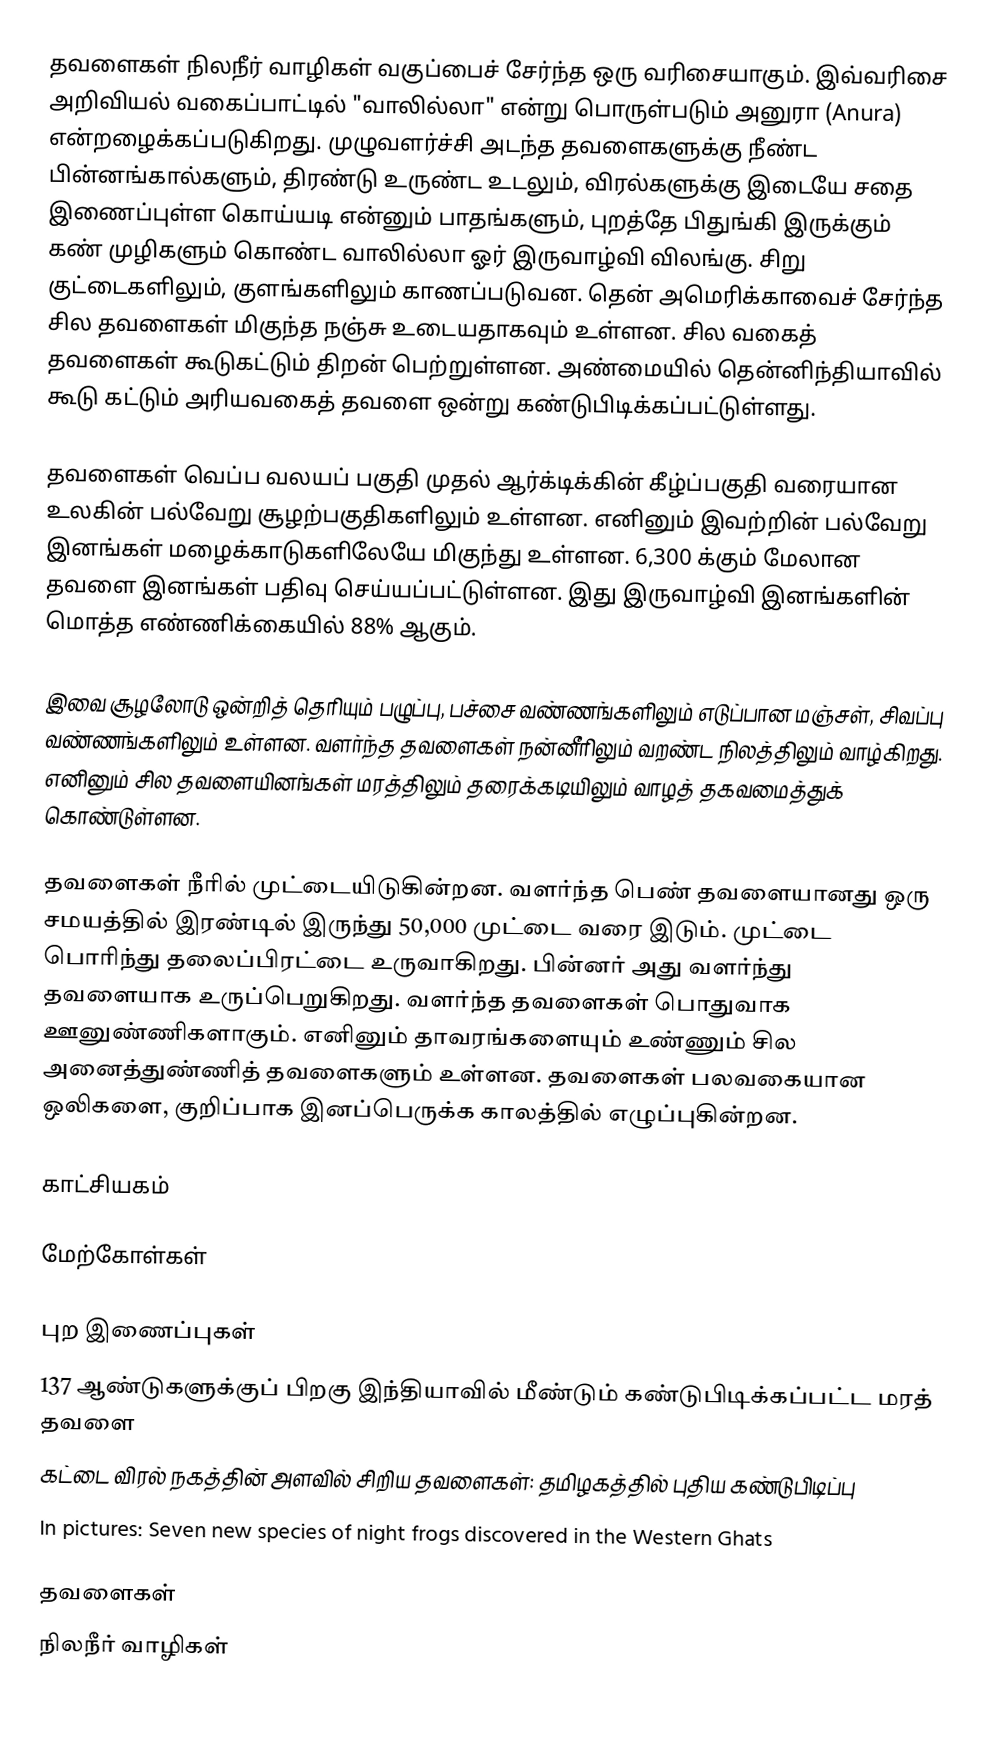
தவளைகள் நிலநீர் வாழிகள் வகுப்பைச் சேர்ந்த ஒரு வரிசையாகும். இவ்வரிசை அறிவியல் வகைப்பாட்டில்  "வாலில்லா" என்று பொருள்படும் அனுரா (Anura)  என்றழைக்கப்படுகிறது. முழுவளர்ச்சி அடந்த தவளைகளுக்கு நீண்ட பின்னங்கால்களும், திரண்டு உருண்ட உடலும், விரல்களுக்கு இடையே சதை இணைப்புள்ள கொய்யடி என்னும் பாதங்களும், புறத்தே பிதுங்கி இருக்கும் கண் முழிகளும் கொண்ட வாலில்லா ஓர் இருவாழ்வி விலங்கு. சிறு குட்டைகளிலும், குளங்களிலும் காணப்படுவன. தென் அமெரிக்காவைச் சேர்ந்த சில தவளைகள் மிகுந்த நஞ்சு உடையதாகவும் உள்ளன. சில வகைத் தவளைகள் கூடுகட்டும் திறன் பெற்றுள்ளன. அண்மையில் தென்னிந்தியாவில் கூடு கட்டும் அரியவகைத் தவளை ஒன்று கண்டுபிடிக்கப்பட்டுள்ளது.

தவளைகள் வெப்ப வலயப் பகுதி முதல் ஆர்க்டிக்கின் கீழ்ப்பகுதி வரையான உலகின் பல்வேறு சூழற்பகுதிகளிலும் உள்ளன. எனினும் இவற்றின் பல்வேறு இனங்கள் மழைக்காடுகளிலேயே மிகுந்து உள்ளன. 6,300 க்கும் மேலான தவளை இனங்கள் பதிவு செய்யப்பட்டுள்ளன. இது இருவாழ்வி இனங்களின் மொத்த எண்ணிக்கையில் 88% ஆகும்.

இவை சூழலோடு ஒன்றித் தெரியும் பழுப்பு, பச்சை வண்ணங்களிலும் எடுப்பான மஞ்சள், சிவப்பு வண்ணங்களிலும் உள்ளன. வளர்ந்த தவளைகள் நன்னீரிலும் வறண்ட நிலத்திலும் வாழ்கிறது. எனினும் சில தவளையினங்கள் மரத்திலும் தரைக்கடியிலும் வாழத் தகவமைத்துக் கொண்டுள்ளன.

தவளைகள் நீரில் முட்டையிடுகின்றன. வளர்ந்த பெண் தவளையானது ஒரு சமயத்தில் இரண்டில் இருந்து 50,000 முட்டை வரை இடும். முட்டை பொரிந்து தலைப்பிரட்டை உருவாகிறது. பின்னர் அது வளர்ந்து தவளையாக உருப்பெறுகிறது. வளர்ந்த தவளைகள் பொதுவாக ஊனுண்ணிகளாகும். எனினும் தாவரங்களையும் உண்ணும் சில அனைத்துண்ணித் தவளைகளும் உள்ளன. தவளைகள் பலவகையான ஒலிகளை, குறிப்பாக இனப்பெருக்க காலத்தில் எழுப்புகின்றன.

காட்சியகம்

மேற்கோள்கள்

புற இணைப்புகள்
  137 ஆண்டுகளுக்குப் பிறகு இந்தியாவில் மீண்டும் கண்டுபிடிக்கப்பட்ட மரத் தவளை
 கட்டை விரல் நகத்தின் அளவில் சிறிய தவளைகள்: தமிழகத்தில் புதிய கண்டுபிடிப்பு
 In pictures: Seven new species of night frogs discovered in the Western Ghats

தவளைகள்
நிலநீர் வாழிகள்